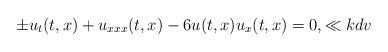
\begin{align*}\pm u_t(t,x)+u_{xxx}(t,x)-6u(t,x)u_x(t,x)=0,\ll{kdv}\end{align*}